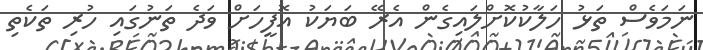
ނަމަވެސް ތަޅު ހަލާކުކޮށްލައިގެން އެރޭ ބަޔަކު އޮފީހަށް ވަދެ ތަނުގައި ހުރި ތަކެތި